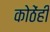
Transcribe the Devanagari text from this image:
कोठेंही